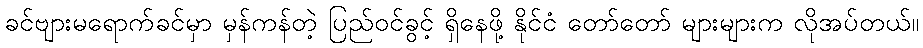
ခင်ဗျားမရောက်ခင်မှာ မှန်ကန်တဲ့ ပြည်ဝင်ခွင့် ရှိနေဖို့ နိုင်ငံ တော်တော် များများက လိုအပ်တယ်။